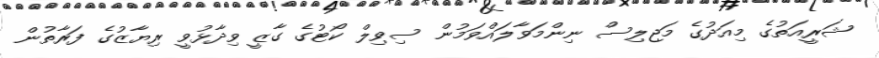
ޝަރީއަތުގެ މިއަދުގެ މަޖިލިސް ނިންމަވާލައްވަމުން ސިވިލް ކޯޓުގެ ގާޒީ ވިދާޅުވީ ރިޔާޒުގެ ފަރާތުން